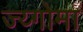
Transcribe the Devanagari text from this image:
ज्य्गोमा